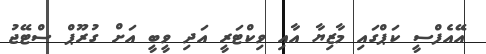
އޭއެފްސީ ކަޕްގައި މާޒިޔާ އާއި ވިކްޓަރީ އަދި ވީބީ އަށް ގުރޫޕް ސްޓޭޖު